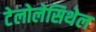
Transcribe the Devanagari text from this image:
टेलोलेसिथेल